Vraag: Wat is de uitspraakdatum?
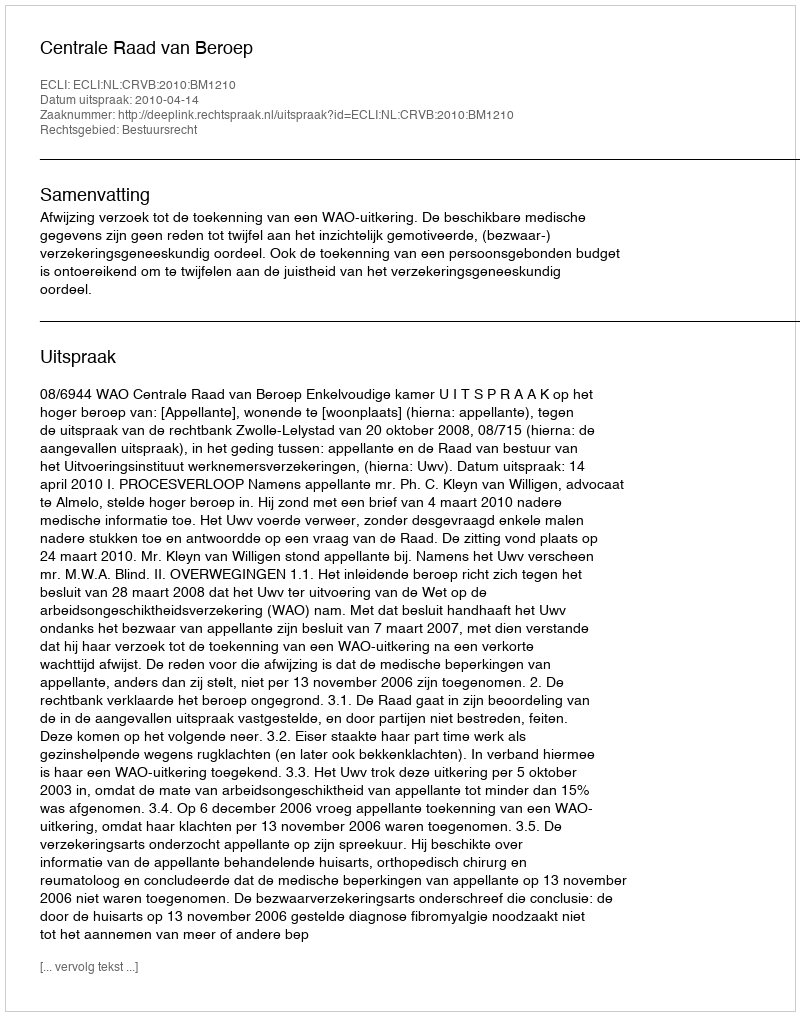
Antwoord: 2010-04-14